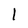
Character: l